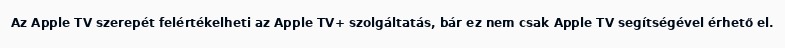
Az Apple TV szerepét felértékelheti az Apple TV+ szolgáltatás, bár ez nem csak Apple TV segítségével érhető el.